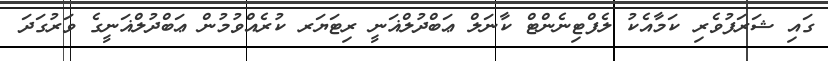
ގައި ޝަރަފުވެރި ކަމާއެކު ލެފްޓިނެންޓް ކާނަލް ޢަބްދުލްޣަނީީ ރިޓަޔަރ ކުރެއްވުމުން ޢަބްދުލްޣަނީގެ ވަރުގަދަ